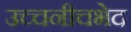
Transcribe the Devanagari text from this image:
उच्चनीचभेद